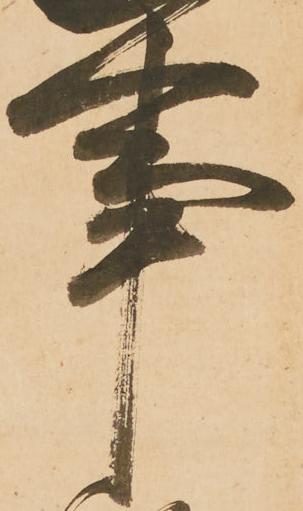
事